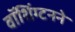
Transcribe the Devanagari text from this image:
वॉशिंग्टनने